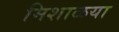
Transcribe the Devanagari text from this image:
मिशाळया